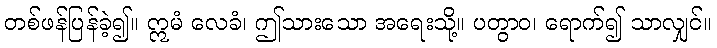
တစ်ဖန်ပြန်ခဲ့၍။ ဣမံ လေခံ၊ ဤသားသော အရေးသို့။ ပတွာဝ၊ ရောက်၍ သာလျှင်။